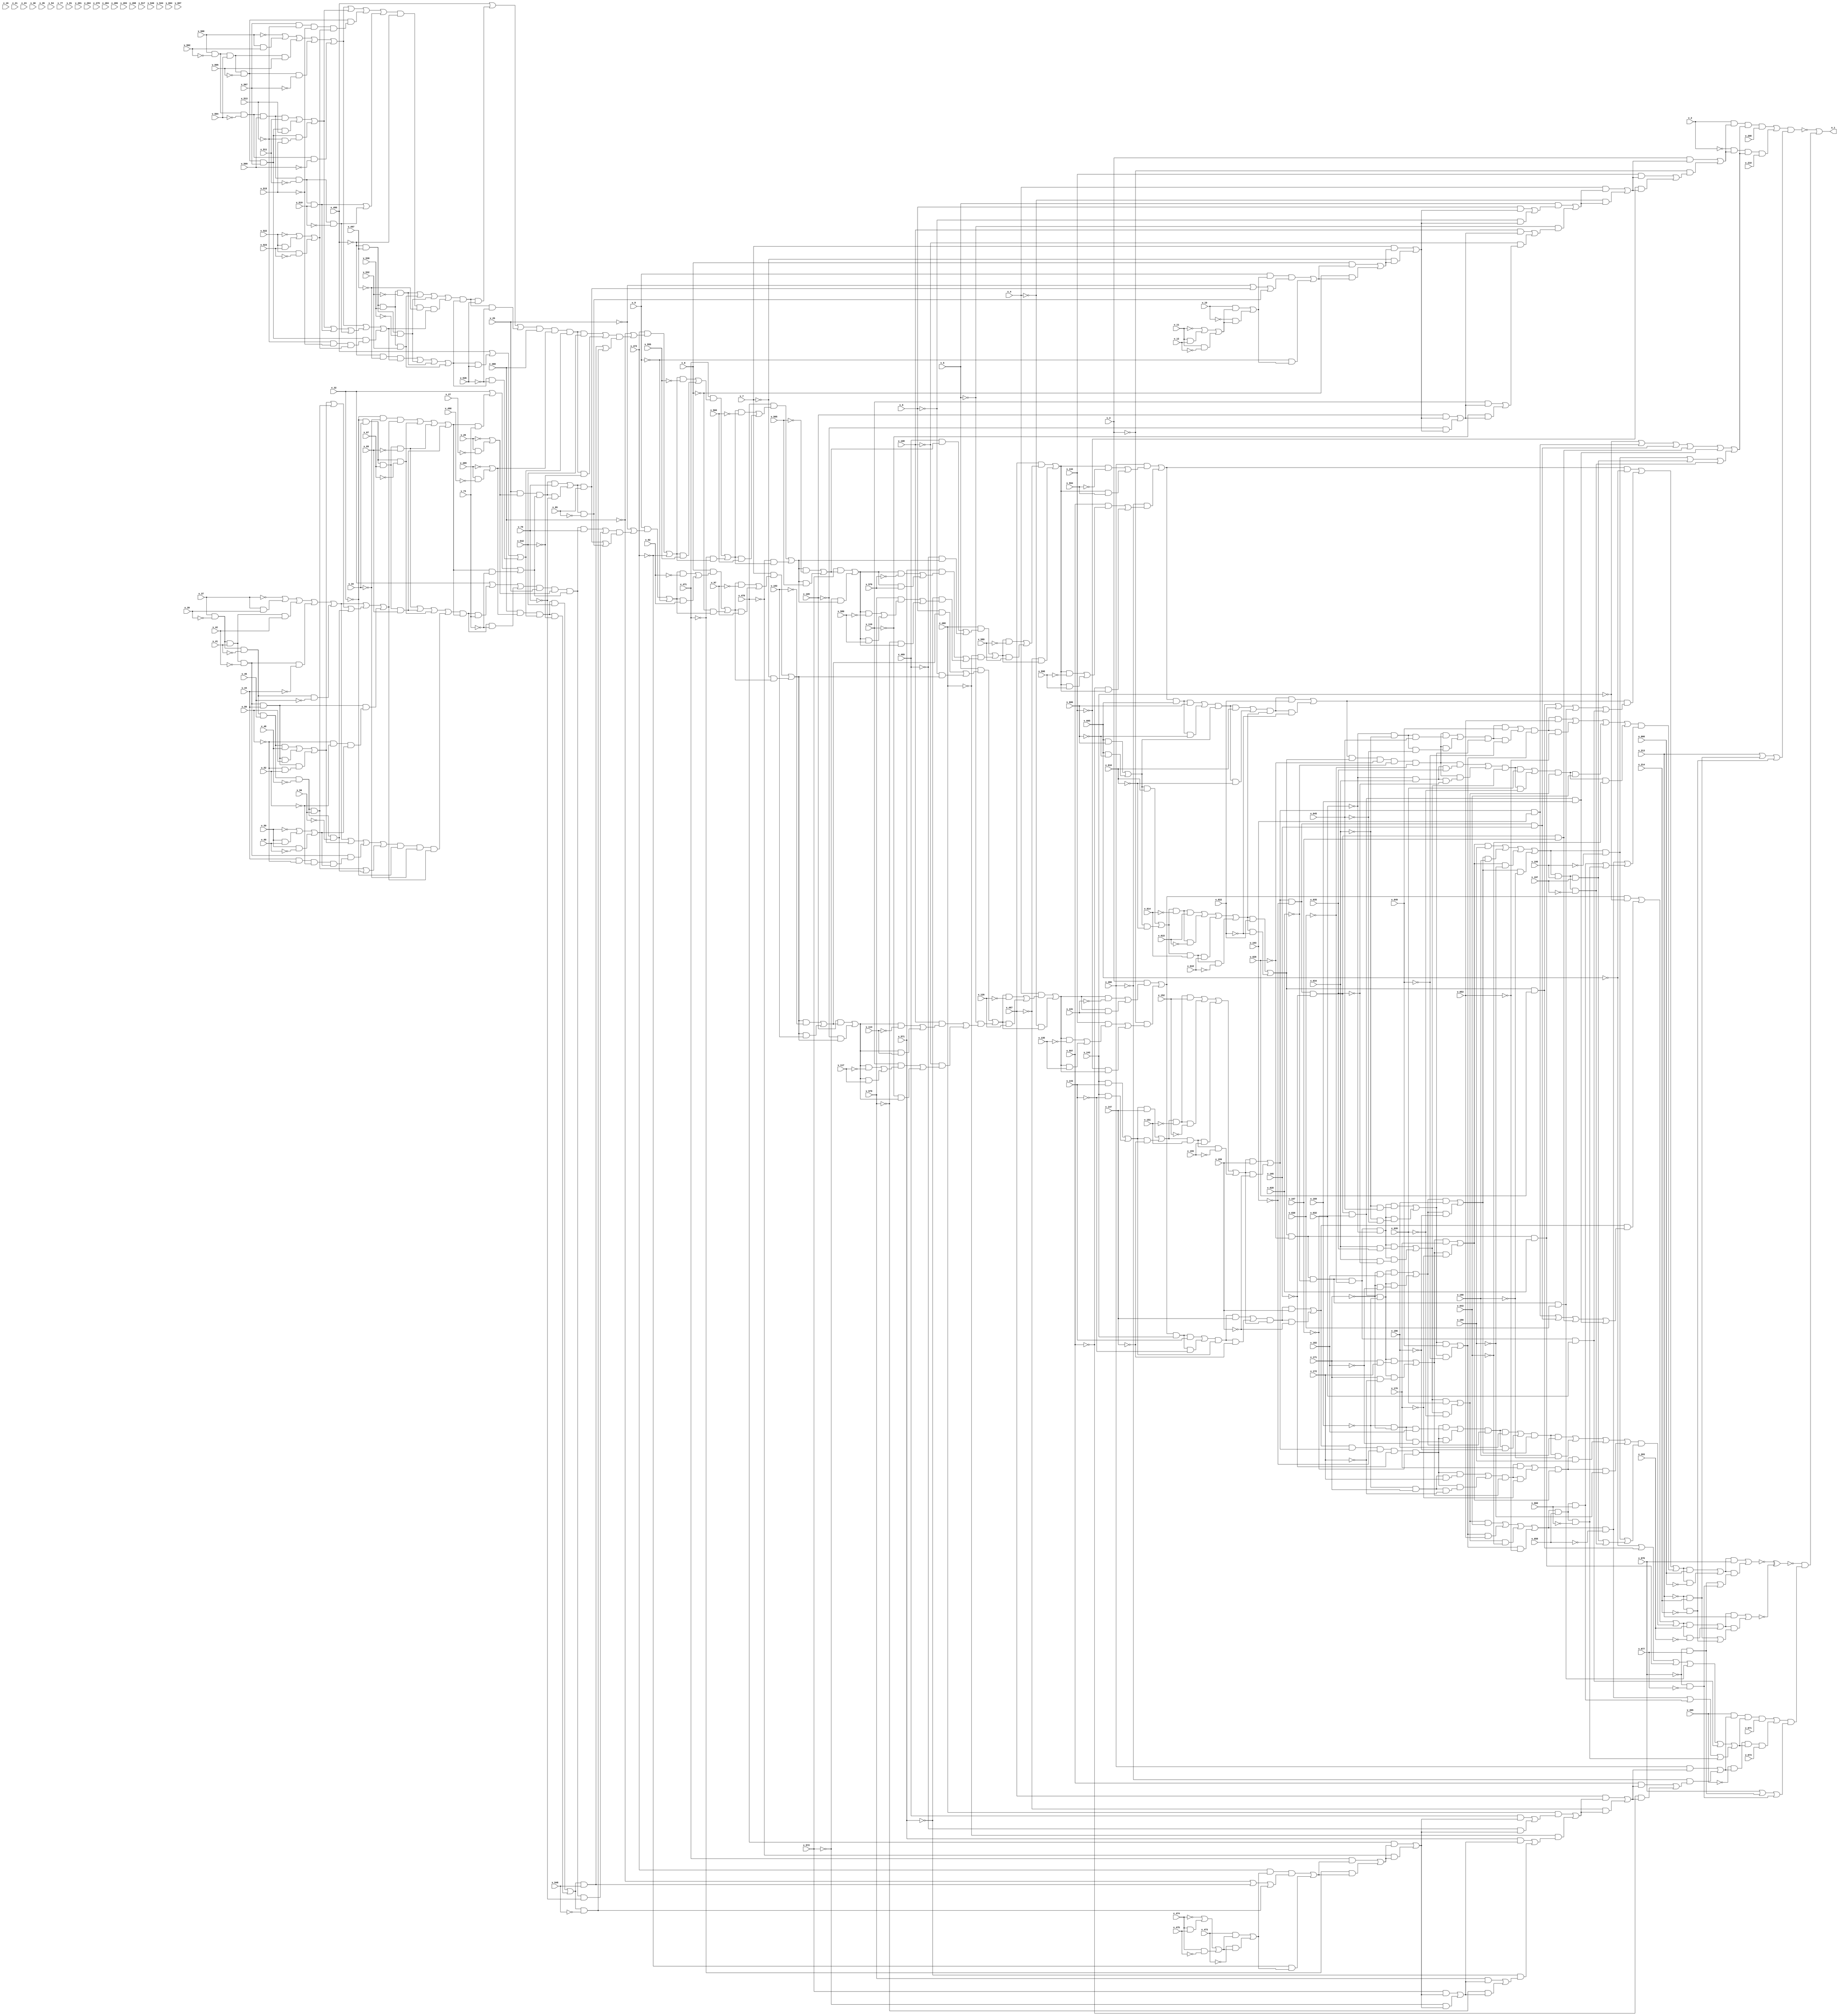
// Generated using findDep.cpp 
module stmt25_597_598 (v_2, v_3, v_4, v_5, v_6, v_7, v_8, v_9, v_10, v_11, v_12, v_16, v_21, v_23, v_25, v_26, v_27, v_30, v_32, v_34, v_35, v_37, v_39, v_41, v_42, v_44, v_46, v_48, v_50, v_52, v_54, v_56, v_59, v_60, v_67, v_69, v_73, v_77, v_79, v_81, v_85, v_92, v_97, v_102, v_108, v_109, v_113, v_116, v_117, v_126, v_131, v_134, v_135, v_142, v_143, v_147, v_151, v_152, v_155, v_159, v_163, v_165, v_167, v_169, v_171, v_172, v_176, v_180, v_182, v_186, v_190, v_195, v_197, v_201, v_203, v_204, v_208, v_210, v_213, v_214, v_465, v_466, v_467, v_468, v_469, v_470, v_471, v_472, v_473, v_474, v_475, v_479, v_484, v_486, v_488, v_489, v_490, v_493, v_495, v_497, v_498, v_500, v_502, v_504, v_505, v_507, v_509, v_511, v_513, v_515, v_517, v_519, v_522, v_523, v_530, v_532, v_536, v_540, v_542, v_544, v_548, v_555, v_560, v_565, v_571, v_572, v_576, v_579, v_580, v_589, v_594, v_597, v_598, v_605, v_606, v_610, v_614, v_615, v_618, v_622, v_626, v_628, v_630, v_632, v_634, v_635, v_639, v_643, v_645, v_649, v_653, v_658, v_660, v_664, v_666, v_667, v_671, v_673, v_676, v_677, o_1);
input v_2;
input v_3;
input v_4;
input v_5;
input v_6;
input v_7;
input v_8;
input v_9;
input v_10;
input v_11;
input v_12;
input v_16;
input v_21;
input v_23;
input v_25;
input v_26;
input v_27;
input v_30;
input v_32;
input v_34;
input v_35;
input v_37;
input v_39;
input v_41;
input v_42;
input v_44;
input v_46;
input v_48;
input v_50;
input v_52;
input v_54;
input v_56;
input v_59;
input v_60;
input v_67;
input v_69;
input v_73;
input v_77;
input v_79;
input v_81;
input v_85;
input v_92;
input v_97;
input v_102;
input v_108;
input v_109;
input v_113;
input v_116;
input v_117;
input v_126;
input v_131;
input v_134;
input v_135;
input v_142;
input v_143;
input v_147;
input v_151;
input v_152;
input v_155;
input v_159;
input v_163;
input v_165;
input v_167;
input v_169;
input v_171;
input v_172;
input v_176;
input v_180;
input v_182;
input v_186;
input v_190;
input v_195;
input v_197;
input v_201;
input v_203;
input v_204;
input v_208;
input v_210;
input v_213;
input v_214;
input v_465;
input v_466;
input v_467;
input v_468;
input v_469;
input v_470;
input v_471;
input v_472;
input v_473;
input v_474;
input v_475;
input v_479;
input v_484;
input v_486;
input v_488;
input v_489;
input v_490;
input v_493;
input v_495;
input v_497;
input v_498;
input v_500;
input v_502;
input v_504;
input v_505;
input v_507;
input v_509;
input v_511;
input v_513;
input v_515;
input v_517;
input v_519;
input v_522;
input v_523;
input v_530;
input v_532;
input v_536;
input v_540;
input v_542;
input v_544;
input v_548;
input v_555;
input v_560;
input v_565;
input v_571;
input v_572;
input v_576;
input v_579;
input v_580;
input v_589;
input v_594;
input v_597;
input v_598;
input v_605;
input v_606;
input v_610;
input v_614;
input v_615;
input v_618;
input v_622;
input v_626;
input v_628;
input v_630;
input v_632;
input v_634;
input v_635;
input v_639;
input v_643;
input v_645;
input v_649;
input v_653;
input v_658;
input v_660;
input v_664;
input v_666;
input v_667;
input v_671;
input v_673;
input v_676;
input v_677;
output o_1;
wire v_1;
wire v_13;
wire v_14;
wire v_15;
wire v_17;
wire v_18;
wire v_19;
wire v_20;
wire v_22;
wire v_24;
wire v_28;
wire v_29;
wire v_31;
wire v_33;
wire v_36;
wire v_38;
wire v_40;
wire v_43;
wire v_45;
wire v_47;
wire v_49;
wire v_51;
wire v_53;
wire v_55;
wire v_57;
wire v_58;
wire v_61;
wire v_62;
wire v_63;
wire v_64;
wire v_65;
wire v_66;
wire v_68;
wire v_70;
wire v_71;
wire v_72;
wire v_74;
wire v_75;
wire v_76;
wire v_78;
wire v_80;
wire v_82;
wire v_83;
wire v_84;
wire v_86;
wire v_87;
wire v_88;
wire v_89;
wire v_90;
wire v_91;
wire v_93;
wire v_94;
wire v_95;
wire v_96;
wire v_98;
wire v_99;
wire v_100;
wire v_101;
wire v_103;
wire v_104;
wire v_105;
wire v_106;
wire v_107;
wire v_110;
wire v_111;
wire v_112;
wire v_114;
wire v_115;
wire v_118;
wire v_119;
wire v_120;
wire v_121;
wire v_122;
wire v_123;
wire v_124;
wire v_125;
wire v_127;
wire v_128;
wire v_129;
wire v_130;
wire v_132;
wire v_133;
wire v_136;
wire v_137;
wire v_138;
wire v_139;
wire v_140;
wire v_141;
wire v_144;
wire v_145;
wire v_146;
wire v_148;
wire v_149;
wire v_150;
wire v_153;
wire v_154;
wire v_156;
wire v_157;
wire v_158;
wire v_160;
wire v_161;
wire v_162;
wire v_164;
wire v_166;
wire v_168;
wire v_170;
wire v_173;
wire v_174;
wire v_175;
wire v_177;
wire v_178;
wire v_179;
wire v_181;
wire v_183;
wire v_184;
wire v_185;
wire v_187;
wire v_188;
wire v_189;
wire v_191;
wire v_192;
wire v_193;
wire v_194;
wire v_196;
wire v_198;
wire v_199;
wire v_200;
wire v_202;
wire v_205;
wire v_206;
wire v_207;
wire v_209;
wire v_211;
wire v_212;
wire v_215;
wire v_216;
wire v_217;
wire v_218;
wire v_219;
wire v_220;
wire v_221;
wire v_222;
wire v_223;
wire v_224;
wire v_225;
wire v_226;
wire v_227;
wire v_228;
wire v_229;
wire v_230;
wire v_231;
wire v_232;
wire v_233;
wire v_234;
wire v_235;
wire v_236;
wire v_237;
wire v_238;
wire v_239;
wire v_240;
wire v_241;
wire v_242;
wire v_243;
wire v_244;
wire v_245;
wire v_246;
wire v_247;
wire v_248;
wire v_249;
wire v_250;
wire v_251;
wire v_252;
wire v_253;
wire v_254;
wire v_255;
wire v_256;
wire v_257;
wire v_258;
wire v_259;
wire v_260;
wire v_261;
wire v_262;
wire v_263;
wire v_264;
wire v_265;
wire v_266;
wire v_267;
wire v_268;
wire v_269;
wire v_270;
wire v_271;
wire v_272;
wire v_273;
wire v_274;
wire v_275;
wire v_276;
wire v_277;
wire v_278;
wire v_279;
wire v_280;
wire v_281;
wire v_282;
wire v_283;
wire v_284;
wire v_285;
wire v_286;
wire v_287;
wire v_288;
wire v_289;
wire v_290;
wire v_291;
wire v_292;
wire v_293;
wire v_294;
wire v_295;
wire v_296;
wire v_297;
wire v_298;
wire v_299;
wire v_300;
wire v_301;
wire v_302;
wire v_303;
wire v_304;
wire v_305;
wire v_306;
wire v_307;
wire v_308;
wire v_309;
wire v_310;
wire v_311;
wire v_312;
wire v_313;
wire v_314;
wire v_315;
wire v_316;
wire v_317;
wire v_318;
wire v_319;
wire v_320;
wire v_321;
wire v_322;
wire v_323;
wire v_324;
wire v_325;
wire v_326;
wire v_327;
wire v_328;
wire v_329;
wire v_330;
wire v_331;
wire v_332;
wire v_333;
wire v_334;
wire v_335;
wire v_336;
wire v_337;
wire v_338;
wire v_339;
wire v_340;
wire v_341;
wire v_342;
wire v_343;
wire v_344;
wire v_345;
wire v_346;
wire v_347;
wire v_348;
wire v_349;
wire v_350;
wire v_351;
wire v_352;
wire v_353;
wire v_354;
wire v_355;
wire v_356;
wire v_357;
wire v_358;
wire v_359;
wire v_360;
wire v_361;
wire v_362;
wire v_363;
wire v_364;
wire v_365;
wire v_366;
wire v_367;
wire v_368;
wire v_369;
wire v_370;
wire v_371;
wire v_372;
wire v_373;
wire v_374;
wire v_375;
wire v_376;
wire v_377;
wire v_378;
wire v_379;
wire v_380;
wire v_381;
wire v_382;
wire v_383;
wire v_384;
wire v_385;
wire v_386;
wire v_387;
wire v_388;
wire v_389;
wire v_390;
wire v_391;
wire v_392;
wire v_393;
wire v_394;
wire v_395;
wire v_396;
wire v_397;
wire v_398;
wire v_399;
wire v_400;
wire v_401;
wire v_402;
wire v_403;
wire v_404;
wire v_405;
wire v_406;
wire v_407;
wire v_408;
wire v_409;
wire v_410;
wire v_411;
wire v_412;
wire v_413;
wire v_414;
wire v_415;
wire v_416;
wire v_417;
wire v_418;
wire v_419;
wire v_420;
wire v_421;
wire v_422;
wire v_423;
wire v_424;
wire v_425;
wire v_426;
wire v_427;
wire v_428;
wire v_429;
wire v_430;
wire v_431;
wire v_432;
wire v_433;
wire v_434;
wire v_435;
wire v_436;
wire v_437;
wire v_438;
wire v_439;
wire v_440;
wire v_441;
wire v_442;
wire v_443;
wire v_444;
wire v_445;
wire v_446;
wire v_447;
wire v_448;
wire v_449;
wire v_450;
wire v_451;
wire v_452;
wire v_453;
wire v_454;
wire v_455;
wire v_456;
wire v_457;
wire v_458;
wire v_459;
wire v_460;
wire v_461;
wire v_462;
wire v_463;
wire v_464;
wire v_476;
wire v_477;
wire v_478;
wire v_480;
wire v_481;
wire v_482;
wire v_483;
wire v_485;
wire v_487;
wire v_491;
wire v_492;
wire v_494;
wire v_496;
wire v_499;
wire v_501;
wire v_503;
wire v_506;
wire v_508;
wire v_510;
wire v_512;
wire v_514;
wire v_516;
wire v_518;
wire v_520;
wire v_521;
wire v_524;
wire v_525;
wire v_526;
wire v_527;
wire v_528;
wire v_529;
wire v_531;
wire v_533;
wire v_534;
wire v_535;
wire v_537;
wire v_538;
wire v_539;
wire v_541;
wire v_543;
wire v_545;
wire v_546;
wire v_547;
wire v_549;
wire v_550;
wire v_551;
wire v_552;
wire v_553;
wire v_554;
wire v_556;
wire v_557;
wire v_558;
wire v_559;
wire v_561;
wire v_562;
wire v_563;
wire v_564;
wire v_566;
wire v_567;
wire v_568;
wire v_569;
wire v_570;
wire v_573;
wire v_574;
wire v_575;
wire v_577;
wire v_578;
wire v_581;
wire v_582;
wire v_583;
wire v_584;
wire v_585;
wire v_586;
wire v_587;
wire v_588;
wire v_590;
wire v_591;
wire v_592;
wire v_593;
wire v_595;
wire v_596;
wire v_599;
wire v_600;
wire v_601;
wire v_602;
wire v_603;
wire v_604;
wire v_607;
wire v_608;
wire v_609;
wire v_611;
wire v_612;
wire v_613;
wire v_616;
wire v_617;
wire v_619;
wire v_620;
wire v_621;
wire v_623;
wire v_624;
wire v_625;
wire v_627;
wire v_629;
wire v_631;
wire v_633;
wire v_636;
wire v_637;
wire v_638;
wire v_640;
wire v_641;
wire v_642;
wire v_644;
wire v_646;
wire v_647;
wire v_648;
wire v_650;
wire v_651;
wire v_652;
wire v_654;
wire v_655;
wire v_656;
wire v_657;
wire v_659;
wire v_661;
wire v_662;
wire v_663;
wire v_665;
wire v_668;
wire v_669;
wire v_670;
wire v_672;
wire v_674;
wire v_675;
wire v_678;
wire v_679;
wire v_680;
wire v_681;
wire v_682;
wire v_683;
wire v_684;
wire v_685;
wire v_686;
wire v_687;
wire v_688;
wire v_689;
wire v_690;
wire v_691;
wire v_692;
wire v_693;
wire v_694;
wire v_695;
wire v_696;
wire v_697;
wire v_698;
wire v_699;
wire v_700;
wire v_701;
wire v_702;
wire v_703;
wire v_704;
wire v_705;
wire v_706;
wire v_707;
wire v_708;
wire v_709;
wire v_710;
wire v_711;
wire v_712;
wire v_713;
wire v_714;
wire v_715;
wire v_716;
wire v_717;
wire v_718;
wire v_719;
wire v_720;
wire v_721;
wire v_722;
wire v_723;
wire v_724;
wire v_725;
wire v_726;
wire v_727;
wire v_728;
wire v_729;
wire v_730;
wire v_731;
wire v_732;
wire v_733;
wire v_734;
wire v_735;
wire v_736;
wire v_737;
wire v_738;
wire v_739;
wire v_740;
wire v_741;
wire v_742;
wire v_743;
wire v_744;
wire v_745;
wire v_746;
wire v_747;
wire v_748;
wire v_749;
wire v_750;
wire v_751;
wire v_752;
wire v_753;
wire v_754;
wire v_755;
wire v_756;
wire v_757;
wire v_758;
wire v_759;
wire v_760;
wire v_761;
wire v_762;
wire v_763;
wire v_764;
wire v_765;
wire v_766;
wire v_767;
wire v_768;
wire v_769;
wire v_770;
wire v_771;
wire v_772;
wire v_773;
wire v_774;
wire v_775;
wire v_776;
wire v_777;
wire v_778;
wire v_779;
wire v_780;
wire v_781;
wire v_782;
wire v_783;
wire v_784;
wire v_785;
wire v_786;
wire v_787;
wire v_788;
wire v_789;
wire v_790;
wire v_791;
wire v_792;
wire v_793;
wire v_794;
wire v_795;
wire v_796;
wire v_797;
wire v_798;
wire v_799;
wire v_800;
wire v_801;
wire v_802;
wire v_803;
wire v_804;
wire v_805;
wire v_806;
wire v_807;
wire v_808;
wire v_809;
wire v_810;
wire v_811;
wire v_812;
wire v_813;
wire v_814;
wire v_815;
wire v_816;
wire v_817;
wire v_818;
wire v_819;
wire v_820;
wire v_821;
wire v_822;
wire v_823;
wire v_824;
wire v_825;
wire v_826;
wire v_827;
wire v_828;
wire v_829;
wire v_830;
wire v_831;
wire v_832;
wire v_833;
wire v_834;
wire v_835;
wire v_836;
wire v_837;
wire v_838;
wire v_839;
wire v_840;
wire v_841;
wire v_842;
wire v_843;
wire v_844;
wire v_845;
wire v_846;
wire v_847;
wire v_848;
wire v_849;
wire v_850;
wire v_851;
wire v_852;
wire v_853;
wire v_854;
wire v_855;
wire v_856;
wire v_857;
wire v_858;
wire v_859;
wire v_860;
wire v_861;
wire v_862;
wire v_863;
wire v_864;
wire v_865;
wire v_866;
wire v_867;
wire v_868;
wire v_869;
wire v_870;
wire v_871;
wire v_872;
wire v_873;
wire v_874;
wire v_875;
wire v_876;
wire v_877;
wire v_878;
wire v_879;
wire v_880;
wire v_881;
wire v_882;
wire v_883;
wire v_884;
wire v_885;
wire v_886;
wire v_887;
wire v_888;
wire v_889;
wire v_890;
wire v_891;
wire v_892;
wire v_893;
wire v_894;
wire v_895;
wire v_896;
wire v_897;
wire v_898;
wire v_899;
wire v_900;
wire v_901;
wire v_902;
wire v_903;
wire v_904;
wire v_905;
wire v_906;
wire v_907;
wire v_908;
wire v_909;
wire v_910;
wire v_911;
wire v_912;
wire v_913;
wire v_914;
wire v_915;
wire v_916;
wire v_917;
wire v_918;
wire v_919;
wire v_920;
wire v_921;
wire v_922;
wire v_923;
wire v_924;
wire v_925;
wire v_926;
wire v_927;
wire v_928;
wire v_929;
wire v_930;
wire v_931;
wire v_932;
wire v_933;
wire v_934;
wire v_935;
wire v_936;
wire v_937;
wire v_938;
wire v_939;
wire v_940;
wire v_941;
wire v_942;
wire v_943;
wire v_944;
wire v_945;
wire v_946;
wire v_947;
wire v_948;
wire v_949;
wire v_950;
wire v_951;
wire v_952;
wire v_953;
wire v_954;
wire v_955;
wire v_956;
wire v_957;
wire v_958;
wire v_959;
wire v_960;
wire v_961;
wire v_962;
wire v_963;
wire v_964;
wire v_965;
wire v_966;
wire v_967;
wire v_968;
wire v_969;
wire v_970;
wire v_971;
wire v_972;
wire v_973;
wire v_974;
wire v_975;
wire v_976;
wire v_977;
wire v_978;
wire v_979;
wire v_980;
wire v_981;
wire v_982;
wire v_983;
wire v_984;
wire v_985;
wire v_986;
wire v_987;
wire v_988;
wire v_989;
wire v_990;
wire v_991;
wire v_992;
wire v_993;
wire v_994;
wire v_995;
wire v_996;
wire v_997;
wire v_998;
wire v_999;
wire v_1000;
wire v_1001;
wire v_1002;
wire v_1003;
wire v_1004;
wire v_1005;
wire v_1006;
wire v_1007;
wire v_1008;
wire v_1009;
wire v_1010;
wire v_1011;
wire v_1012;
wire v_1013;
wire v_1014;
wire v_1015;
wire v_1016;
wire v_1017;
wire v_1018;
wire v_1019;
wire v_1020;
wire v_1021;
wire v_1022;
wire v_1023;
wire v_1024;
wire x_1;
assign v_1 = 1;
assign v_17 = 1;
assign v_22 = 1;
assign v_24 = 1;
assign v_31 = 1;
assign v_36 = 1;
assign v_55 = 1;
assign v_78 = 1;
assign v_82 = 1;
assign v_93 = 1;
assign v_98 = 1;
assign v_103 = 1;
assign v_114 = 1;
assign v_118 = 1;
assign v_127 = 1;
assign v_132 = 1;
assign v_136 = 1;
assign v_202 = 1;
assign v_205 = 1;
assign v_219 = 1;
assign v_344 = 1;
assign v_480 = 1;
assign v_485 = 1;
assign v_487 = 1;
assign v_494 = 1;
assign v_499 = 1;
assign v_518 = 1;
assign v_541 = 1;
assign v_545 = 1;
assign v_556 = 1;
assign v_561 = 1;
assign v_566 = 1;
assign v_577 = 1;
assign v_581 = 1;
assign v_590 = 1;
assign v_595 = 1;
assign v_599 = 1;
assign v_665 = 1;
assign v_668 = 1;
assign v_682 = 1;
assign v_807 = 1;
assign v_13 = v_11 & v_12;
assign v_14 = v_11 & ~v_12;
assign v_18 = v_10 & v_15;
assign v_19 = ~v_10 & v_15;
assign v_28 = v_26 & ~v_27;
assign v_33 = v_32;
assign v_38 = ~v_37;
assign v_40 = v_37 & v_39;
assign v_43 = v_37 & ~v_39 & v_41 & v_42;
assign v_45 = v_37 & ~v_39 & v_41 & ~v_42 & ~v_44;
assign v_47 = v_37 & ~v_39 & ~v_41 & ~v_46;
assign v_49 = v_37 & ~v_39 & ~v_41 & v_46 & v_48;
assign v_51 = v_931 & v_932;
assign v_53 = v_933 & v_934;
assign v_57 = v_935 & v_936;
assign v_58 = v_937 & v_938;
assign v_61 = v_59 & v_60;
assign v_62 = v_59 & ~v_60;
assign v_64 = v_939 & v_940;
assign v_66 = ~v_32 & ~v_34 & v_65;
assign v_68 = ~v_32 & v_34 & ~v_67;
assign v_70 = ~v_32 & v_34 & v_67 & ~v_69;
assign v_71 = ~v_32 & v_34 & v_67 & v_69;
assign v_74 = v_72 & v_73;
assign v_75 = v_72 & ~v_73;
assign v_80 = v_25 & v_29 & v_76 & v_79;
assign v_83 = v_25 & v_29 & v_76 & ~v_79;
assign v_86 = v_84 & v_85;
assign v_87 = v_84 & ~v_85;
assign v_89 = v_9 & v_20 & v_88;
assign v_90 = ~v_9 & v_20;
assign v_94 = v_8 & v_91;
assign v_95 = ~v_8 & v_91;
assign v_99 = v_7 & v_96;
assign v_100 = ~v_7 & v_96;
assign v_104 = v_6 & v_101;
assign v_105 = ~v_6 & v_101;
assign v_107 = v_5 & v_106;
assign v_110 = v_109 & v_101;
assign v_111 = ~v_109 & v_101;
assign v_115 = v_108 & v_112;
assign v_119 = v_116 & v_112;
assign v_120 = ~v_116 & v_112;
assign v_122 = ~v_108 & v_121;
assign v_124 = ~v_5 & v_123;
assign v_128 = v_4 & v_125;
assign v_129 = ~v_4 & v_125;
assign v_133 = v_3 & v_130;
assign v_137 = v_134 & v_130;
assign v_138 = ~v_134 & v_130;
assign v_140 = ~v_3 & v_139;
assign v_144 = v_142 & v_143;
assign v_145 = v_142 & ~v_143;
assign v_148 = v_146 & v_147;
assign v_149 = v_146 & ~v_147;
assign v_153 = v_150 & ~v_151 & v_152;
assign v_154 = v_150 & ~v_151 & ~v_152;
assign v_156 = v_150 & v_151 & v_155;
assign v_157 = v_150 & v_151 & ~v_155;
assign v_160 = v_158 & v_159;
assign v_161 = v_158 & ~v_159;
assign v_164 = v_162 & v_163;
assign v_166 = v_162 & ~v_163 & v_165;
assign v_168 = v_162 & ~v_163 & ~v_165 & v_167;
assign v_170 = v_162 & ~v_163 & ~v_165 & ~v_167 & v_169;
assign v_173 = v_941 & v_942;
assign v_174 = v_943 & v_944;
assign v_177 = v_175 & v_176;
assign v_178 = v_175 & ~v_176;
assign v_181 = v_179 & v_180;
assign v_183 = v_945 & v_946;
assign v_184 = v_947 & v_948;
assign v_187 = v_185 & v_186;
assign v_188 = v_185 & ~v_186;
assign v_191 = v_189 & v_190;
assign v_192 = v_179 & ~v_180;
assign v_193 = v_189 & ~v_190;
assign v_196 = v_194 & ~v_195;
assign v_198 = v_194 & v_195 & v_197;
assign v_199 = v_194 & v_195 & ~v_197;
assign v_206 = v_203;
assign v_209 = v_2 & v_141 & v_200 & v_207 & v_208;
assign v_211 = ~v_2 & v_141 & v_200 & v_207 & v_210;
assign v_215 = ~v_213 & v_214;
assign v_216 = ~v_213 & ~v_214;
assign v_218 = v_212 & v_217;
assign v_220 = v_10;
assign v_222 = v_221 & ~v_25;
assign v_223 = v_221 & v_32;
assign v_224 = v_221 & ~v_32 & v_34 & v_67 & ~v_69;
assign v_225 = v_221 & ~v_32 & v_34 & v_67 & v_69;
assign v_226 = v_221 & ~v_32 & v_34 & ~v_67;
assign v_227 = v_221 & v_35;
assign v_228 = v_221 & ~v_35;
assign v_231 = v_229 & v_230;
assign v_232 = v_949 & v_950;
assign v_234 = v_229 & v_233;
assign v_236 = v_235 & ~v_32 & ~v_34 & v_65;
assign v_238 = v_237 & v_72 & v_73;
assign v_239 = v_237 & v_72 & ~v_73;
assign v_241 = v_240 & v_25 & v_29 & v_76 & v_79;
assign v_242 = v_240 & v_25 & v_29 & v_76 & ~v_79;
assign v_245 = v_243 & v_244;
assign v_247 = v_9 & v_246;
assign v_248 = ~v_9 & v_221;
assign v_250 = v_249 & ~v_92;
assign v_251 = v_249 & v_92;
assign v_253 = v_8 & v_252;
assign v_254 = ~v_8 & v_249;
assign v_256 = v_255 & ~v_97;
assign v_257 = v_255 & v_97;
assign v_259 = v_7 & v_258;
assign v_260 = ~v_7 & v_255;
assign v_262 = v_261 & ~v_102;
assign v_263 = v_261 & v_102;
assign v_265 = v_6 & v_264;
assign v_266 = ~v_6 & v_261;
assign v_268 = v_5 & v_267;
assign v_269 = v_109 & v_264;
assign v_270 = ~v_109 & v_261;
assign v_272 = v_271 & ~v_113;
assign v_273 = v_271 & v_113;
assign v_275 = v_108 & v_274;
assign v_276 = v_271 & ~v_117;
assign v_277 = v_271 & v_117;
assign v_279 = v_116 & v_278;
assign v_280 = ~v_116 & v_271;
assign v_282 = ~v_108 & v_281;
assign v_284 = ~v_5 & v_283;
assign v_286 = v_285 & ~v_126;
assign v_287 = v_285 & v_126;
assign v_289 = v_4 & v_288;
assign v_290 = ~v_4 & v_285;
assign v_292 = v_291 & ~v_131;
assign v_293 = v_291 & v_131;
assign v_295 = v_3 & v_294;
assign v_296 = v_291 & ~v_135;
assign v_297 = v_291 & v_135;
assign v_299 = v_134 & v_298;
assign v_300 = ~v_134 & v_291;
assign v_302 = ~v_3 & v_301;
assign v_304 = v_303 & ~v_142;
assign v_305 = v_303 & v_142 & v_143;
assign v_306 = v_303 & v_142 & ~v_143;
assign v_308 = v_307 & v_146 & v_147;
assign v_309 = v_307 & v_146 & ~v_147;
assign v_311 = v_310 & v_158 & v_159;
assign v_312 = v_310 & v_158 & ~v_159;
assign v_315 = v_313 & v_314;
assign v_316 = v_951 & v_952;
assign v_317 = v_953 & v_954;
assign v_319 = v_318 & v_185 & v_186;
assign v_320 = v_318 & v_185 & ~v_186;
assign v_322 = v_321 & v_189 & v_190;
assign v_323 = v_321 & v_189 & ~v_190;
assign v_324 = v_955 & v_956;
assign v_325 = v_957 & v_958;
assign v_327 = v_326 & v_175 & v_176;
assign v_328 = v_326 & v_175 & ~v_176;
assign v_330 = v_329 & v_179 & v_180;
assign v_331 = v_329 & v_179 & ~v_180;
assign v_335 = v_332 & v_334;
assign v_337 = v_336 & v_203;
assign v_338 = v_336 & ~v_203;
assign v_340 = v_339 & v_213;
assign v_342 = v_339 & v_341;
assign v_345 = v_10;
assign v_347 = v_346 & ~v_25;
assign v_348 = v_346 & v_32;
assign v_349 = v_346 & ~v_32 & v_34 & v_67 & ~v_69;
assign v_350 = v_346 & ~v_32 & v_34 & v_67 & v_69;
assign v_351 = v_346 & ~v_32 & v_34 & ~v_67;
assign v_352 = v_346 & v_35;
assign v_353 = v_346 & ~v_35;
assign v_356 = v_354 & v_355;
assign v_357 = v_959 & v_960;
assign v_358 = v_354 & v_233;
assign v_360 = v_359 & ~v_32 & ~v_34 & v_65;
assign v_362 = v_361 & v_72 & v_73;
assign v_363 = v_361 & v_72 & ~v_73;
assign v_365 = v_364 & v_25 & v_29 & v_76 & v_79;
assign v_366 = v_364 & v_25 & v_29 & v_76 & ~v_79;
assign v_368 = v_367 & v_244;
assign v_370 = v_9 & v_369;
assign v_371 = ~v_9 & v_346;
assign v_373 = v_372 & ~v_92;
assign v_374 = v_372 & v_92;
assign v_376 = v_8 & v_375;
assign v_377 = ~v_8 & v_372;
assign v_379 = v_378 & ~v_97;
assign v_380 = v_378 & v_97;
assign v_382 = v_7 & v_381;
assign v_383 = ~v_7 & v_378;
assign v_385 = v_384 & ~v_102;
assign v_386 = v_384 & v_102;
assign v_388 = v_6 & v_387;
assign v_389 = ~v_6 & v_384;
assign v_391 = v_5 & v_390;
assign v_392 = v_109 & v_387;
assign v_393 = ~v_109 & v_384;
assign v_395 = v_394 & ~v_113;
assign v_396 = v_394 & v_113;
assign v_398 = v_108 & v_397;
assign v_399 = v_394 & ~v_117;
assign v_400 = v_394 & v_117;
assign v_402 = v_116 & v_401;
assign v_403 = ~v_116 & v_394;
assign v_405 = ~v_108 & v_404;
assign v_407 = ~v_5 & v_406;
assign v_409 = v_408 & ~v_126;
assign v_410 = v_408 & v_126;
assign v_412 = v_4 & v_411;
assign v_413 = ~v_4 & v_408;
assign v_415 = v_414 & ~v_131;
assign v_416 = v_414 & v_131;
assign v_418 = v_3 & v_417;
assign v_419 = v_414 & ~v_135;
assign v_420 = v_414 & v_135;
assign v_422 = v_134 & v_421;
assign v_423 = ~v_134 & v_414;
assign v_425 = ~v_3 & v_424;
assign v_427 = v_426 & ~v_142;
assign v_428 = v_426 & v_142 & v_143;
assign v_429 = v_426 & v_142 & ~v_143;
assign v_431 = v_430 & v_146 & v_147;
assign v_432 = v_430 & v_146 & ~v_147;
assign v_434 = v_433 & v_158 & v_159;
assign v_435 = v_433 & v_158 & ~v_159;
assign v_438 = v_436 & v_437;
assign v_439 = v_961 & v_962;
assign v_440 = v_963 & v_964;
assign v_442 = v_441 & v_185 & v_186;
assign v_443 = v_441 & v_185 & ~v_186;
assign v_445 = v_444 & v_189 & v_190;
assign v_446 = v_444 & v_189 & ~v_190;
assign v_447 = v_965 & v_966;
assign v_448 = v_967 & v_968;
assign v_450 = v_449 & v_175 & v_176;
assign v_451 = v_449 & v_175 & ~v_176;
assign v_453 = v_452 & v_179 & v_180;
assign v_454 = v_452 & v_179 & ~v_180;
assign v_457 = v_455 & v_456;
assign v_459 = v_458 & v_203;
assign v_460 = v_458 & ~v_203;
assign v_462 = v_461 & v_213;
assign v_463 = v_461 & v_341;
assign v_476 = v_474 & v_475;
assign v_477 = v_474 & ~v_475;
assign v_481 = v_473 & v_478;
assign v_482 = ~v_473 & v_478;
assign v_491 = v_489 & ~v_490;
assign v_496 = v_495;
assign v_501 = ~v_500;
assign v_503 = v_500 & v_502;
assign v_506 = v_500 & ~v_502 & v_504 & v_505;
assign v_508 = v_500 & ~v_502 & v_504 & ~v_505 & ~v_507;
assign v_510 = v_500 & ~v_502 & ~v_504 & ~v_509;
assign v_512 = v_500 & ~v_502 & ~v_504 & v_509 & v_511;
assign v_514 = v_969 & v_970;
assign v_516 = v_971 & v_972;
assign v_520 = v_973 & v_974;
assign v_521 = v_975 & v_976;
assign v_524 = v_522 & v_523;
assign v_525 = v_522 & ~v_523;
assign v_527 = v_977 & v_978;
assign v_529 = ~v_495 & ~v_497 & v_528;
assign v_531 = ~v_495 & v_497 & ~v_530;
assign v_533 = ~v_495 & v_497 & v_530 & ~v_532;
assign v_534 = ~v_495 & v_497 & v_530 & v_532;
assign v_537 = v_535 & v_536;
assign v_538 = v_535 & ~v_536;
assign v_543 = v_488 & v_492 & v_539 & v_542;
assign v_546 = v_488 & v_492 & v_539 & ~v_542;
assign v_549 = v_547 & v_548;
assign v_550 = v_547 & ~v_548;
assign v_552 = v_472 & v_483 & v_551;
assign v_553 = ~v_472 & v_483;
assign v_557 = v_471 & v_554;
assign v_558 = ~v_471 & v_554;
assign v_562 = v_470 & v_559;
assign v_563 = ~v_470 & v_559;
assign v_567 = v_469 & v_564;
assign v_568 = ~v_469 & v_564;
assign v_570 = v_468 & v_569;
assign v_573 = v_572 & v_564;
assign v_574 = ~v_572 & v_564;
assign v_578 = v_571 & v_575;
assign v_582 = v_579 & v_575;
assign v_583 = ~v_579 & v_575;
assign v_585 = ~v_571 & v_584;
assign v_587 = ~v_468 & v_586;
assign v_591 = v_467 & v_588;
assign v_592 = ~v_467 & v_588;
assign v_596 = v_466 & v_593;
assign v_600 = v_597 & v_593;
assign v_601 = ~v_597 & v_593;
assign v_603 = ~v_466 & v_602;
assign v_607 = v_605 & v_606;
assign v_608 = v_605 & ~v_606;
assign v_611 = v_609 & v_610;
assign v_612 = v_609 & ~v_610;
assign v_616 = v_613 & ~v_614 & v_615;
assign v_617 = v_613 & ~v_614 & ~v_615;
assign v_619 = v_613 & v_614 & v_618;
assign v_620 = v_613 & v_614 & ~v_618;
assign v_623 = v_621 & v_622;
assign v_624 = v_621 & ~v_622;
assign v_627 = v_625 & v_626;
assign v_629 = v_625 & ~v_626 & v_628;
assign v_631 = v_625 & ~v_626 & ~v_628 & v_630;
assign v_633 = v_625 & ~v_626 & ~v_628 & ~v_630 & v_632;
assign v_636 = v_979 & v_980;
assign v_637 = v_981 & v_982;
assign v_640 = v_638 & v_639;
assign v_641 = v_638 & ~v_639;
assign v_644 = v_642 & v_643;
assign v_646 = v_983 & v_984;
assign v_647 = v_985 & v_986;
assign v_650 = v_648 & v_649;
assign v_651 = v_648 & ~v_649;
assign v_654 = v_652 & v_653;
assign v_655 = v_642 & ~v_643;
assign v_656 = v_652 & ~v_653;
assign v_659 = v_657 & ~v_658;
assign v_661 = v_657 & v_658 & v_660;
assign v_662 = v_657 & v_658 & ~v_660;
assign v_669 = v_666;
assign v_672 = v_465 & v_604 & v_663 & v_670 & v_671;
assign v_674 = ~v_465 & v_604 & v_663 & v_670 & v_673;
assign v_678 = ~v_676 & v_677;
assign v_679 = ~v_676 & ~v_677;
assign v_681 = v_675 & v_680;
assign v_683 = v_473;
assign v_685 = v_684 & ~v_488;
assign v_686 = v_684 & v_495;
assign v_687 = v_684 & ~v_495 & v_497 & v_530 & ~v_532;
assign v_688 = v_684 & ~v_495 & v_497 & v_530 & v_532;
assign v_689 = v_684 & ~v_495 & v_497 & ~v_530;
assign v_690 = v_684 & v_498;
assign v_691 = v_684 & ~v_498;
assign v_694 = v_692 & v_693;
assign v_695 = v_987 & v_988;
assign v_697 = v_692 & v_696;
assign v_699 = v_698 & ~v_495 & ~v_497 & v_528;
assign v_701 = v_700 & v_535 & v_536;
assign v_702 = v_700 & v_535 & ~v_536;
assign v_704 = v_703 & v_488 & v_492 & v_539 & v_542;
assign v_705 = v_703 & v_488 & v_492 & v_539 & ~v_542;
assign v_708 = v_706 & v_707;
assign v_710 = v_472 & v_709;
assign v_711 = ~v_472 & v_684;
assign v_713 = v_712 & ~v_555;
assign v_714 = v_712 & v_555;
assign v_716 = v_471 & v_715;
assign v_717 = ~v_471 & v_712;
assign v_719 = v_718 & ~v_560;
assign v_720 = v_718 & v_560;
assign v_722 = v_470 & v_721;
assign v_723 = ~v_470 & v_718;
assign v_725 = v_724 & ~v_565;
assign v_726 = v_724 & v_565;
assign v_728 = v_469 & v_727;
assign v_729 = ~v_469 & v_724;
assign v_731 = v_468 & v_730;
assign v_732 = v_572 & v_727;
assign v_733 = ~v_572 & v_724;
assign v_735 = v_734 & ~v_576;
assign v_736 = v_734 & v_576;
assign v_738 = v_571 & v_737;
assign v_739 = v_734 & ~v_580;
assign v_740 = v_734 & v_580;
assign v_742 = v_579 & v_741;
assign v_743 = ~v_579 & v_734;
assign v_745 = ~v_571 & v_744;
assign v_747 = ~v_468 & v_746;
assign v_749 = v_748 & ~v_589;
assign v_750 = v_748 & v_589;
assign v_752 = v_467 & v_751;
assign v_753 = ~v_467 & v_748;
assign v_755 = v_754 & ~v_594;
assign v_756 = v_754 & v_594;
assign v_758 = v_466 & v_757;
assign v_759 = v_754 & ~v_598;
assign v_760 = v_754 & v_598;
assign v_762 = v_597 & v_761;
assign v_763 = ~v_597 & v_754;
assign v_765 = ~v_466 & v_764;
assign v_767 = v_766 & ~v_605;
assign v_768 = v_766 & v_605 & v_606;
assign v_769 = v_766 & v_605 & ~v_606;
assign v_771 = v_770 & v_609 & v_610;
assign v_772 = v_770 & v_609 & ~v_610;
assign v_774 = v_773 & v_621 & v_622;
assign v_775 = v_773 & v_621 & ~v_622;
assign v_778 = v_776 & v_777;
assign v_779 = v_989 & v_990;
assign v_780 = v_991 & v_992;
assign v_782 = v_781 & v_648 & v_649;
assign v_783 = v_781 & v_648 & ~v_649;
assign v_785 = v_784 & v_652 & v_653;
assign v_786 = v_784 & v_652 & ~v_653;
assign v_787 = v_993 & v_994;
assign v_788 = v_995 & v_996;
assign v_790 = v_789 & v_638 & v_639;
assign v_791 = v_789 & v_638 & ~v_639;
assign v_793 = v_792 & v_642 & v_643;
assign v_794 = v_792 & v_642 & ~v_643;
assign v_798 = v_795 & v_797;
assign v_800 = v_799 & v_666;
assign v_801 = v_799 & ~v_666;
assign v_803 = v_802 & v_676;
assign v_805 = v_802 & v_804;
assign v_808 = v_473;
assign v_810 = v_809 & ~v_488;
assign v_811 = v_809 & v_495;
assign v_812 = v_809 & ~v_495 & v_497 & v_530 & ~v_532;
assign v_813 = v_809 & ~v_495 & v_497 & v_530 & v_532;
assign v_814 = v_809 & ~v_495 & v_497 & ~v_530;
assign v_815 = v_809 & v_498;
assign v_816 = v_809 & ~v_498;
assign v_819 = v_817 & v_818;
assign v_820 = v_997 & v_998;
assign v_821 = v_817 & v_696;
assign v_823 = v_822 & ~v_495 & ~v_497 & v_528;
assign v_825 = v_824 & v_535 & v_536;
assign v_826 = v_824 & v_535 & ~v_536;
assign v_828 = v_827 & v_488 & v_492 & v_539 & v_542;
assign v_829 = v_827 & v_488 & v_492 & v_539 & ~v_542;
assign v_831 = v_830 & v_707;
assign v_833 = v_472 & v_832;
assign v_834 = ~v_472 & v_809;
assign v_836 = v_835 & ~v_555;
assign v_837 = v_835 & v_555;
assign v_839 = v_471 & v_838;
assign v_840 = ~v_471 & v_835;
assign v_842 = v_841 & ~v_560;
assign v_843 = v_841 & v_560;
assign v_845 = v_470 & v_844;
assign v_846 = ~v_470 & v_841;
assign v_848 = v_847 & ~v_565;
assign v_849 = v_847 & v_565;
assign v_851 = v_469 & v_850;
assign v_852 = ~v_469 & v_847;
assign v_854 = v_468 & v_853;
assign v_855 = v_572 & v_850;
assign v_856 = ~v_572 & v_847;
assign v_858 = v_857 & ~v_576;
assign v_859 = v_857 & v_576;
assign v_861 = v_571 & v_860;
assign v_862 = v_857 & ~v_580;
assign v_863 = v_857 & v_580;
assign v_865 = v_579 & v_864;
assign v_866 = ~v_579 & v_857;
assign v_868 = ~v_571 & v_867;
assign v_870 = ~v_468 & v_869;
assign v_872 = v_871 & ~v_589;
assign v_873 = v_871 & v_589;
assign v_875 = v_467 & v_874;
assign v_876 = ~v_467 & v_871;
assign v_878 = v_877 & ~v_594;
assign v_879 = v_877 & v_594;
assign v_881 = v_466 & v_880;
assign v_882 = v_877 & ~v_598;
assign v_883 = v_877 & v_598;
assign v_885 = v_597 & v_884;
assign v_886 = ~v_597 & v_877;
assign v_888 = ~v_466 & v_887;
assign v_890 = v_889 & ~v_605;
assign v_891 = v_889 & v_605 & v_606;
assign v_892 = v_889 & v_605 & ~v_606;
assign v_894 = v_893 & v_609 & v_610;
assign v_895 = v_893 & v_609 & ~v_610;
assign v_897 = v_896 & v_621 & v_622;
assign v_898 = v_896 & v_621 & ~v_622;
assign v_901 = v_899 & v_900;
assign v_902 = v_999 & v_1000;
assign v_903 = v_1001 & v_1002;
assign v_905 = v_904 & v_648 & v_649;
assign v_906 = v_904 & v_648 & ~v_649;
assign v_908 = v_907 & v_652 & v_653;
assign v_909 = v_907 & v_652 & ~v_653;
assign v_910 = v_1003 & v_1004;
assign v_911 = v_1005 & v_1006;
assign v_913 = v_912 & v_638 & v_639;
assign v_914 = v_912 & v_638 & ~v_639;
assign v_916 = v_915 & v_642 & v_643;
assign v_917 = v_915 & v_642 & ~v_643;
assign v_920 = v_918 & v_919;
assign v_922 = v_921 & v_666;
assign v_923 = v_921 & ~v_666;
assign v_925 = v_924 & v_676;
assign v_926 = v_924 & v_804;
assign v_930 = ~v_928 & ~v_929 & v_681;
assign v_931 = v_37 & ~v_39 & v_41 & ~v_42 & v_44;
assign v_932 = v_50;
assign v_933 = v_37 & ~v_39 & v_41 & ~v_42 & v_44;
assign v_934 = ~v_50 & v_52;
assign v_935 = v_37 & ~v_39 & ~v_41 & v_46 & ~v_48;
assign v_936 = v_56;
assign v_937 = v_37 & ~v_39 & ~v_41 & v_46 & ~v_48;
assign v_938 = ~v_56;
assign v_939 = v_37 & ~v_39 & v_41 & ~v_42 & v_44;
assign v_940 = ~v_50 & ~v_52 & v_63;
assign v_941 = v_162 & ~v_163 & ~v_165 & ~v_167 & ~v_169;
assign v_942 = v_171 & v_172;
assign v_943 = v_162 & ~v_163 & ~v_165 & ~v_167 & ~v_169;
assign v_944 = v_171 & ~v_172;
assign v_945 = v_162 & ~v_163 & ~v_165 & ~v_167 & ~v_169;
assign v_946 = ~v_171 & v_182;
assign v_947 = v_162 & ~v_163 & ~v_165 & ~v_167 & ~v_169;
assign v_948 = ~v_171 & ~v_182;
assign v_949 = v_229 & v_37 & ~v_39 & v_41 & ~v_42;
assign v_950 = v_44 & ~v_50 & ~v_52 & v_63;
assign v_951 = v_313 & v_162 & ~v_163 & ~v_165 & ~v_167;
assign v_952 = ~v_169 & ~v_171 & v_182;
assign v_953 = v_313 & v_162 & ~v_163 & ~v_165 & ~v_167;
assign v_954 = ~v_169 & ~v_171 & ~v_182;
assign v_955 = v_313 & v_162 & ~v_163 & ~v_165 & ~v_167;
assign v_956 = ~v_169 & v_171 & v_172;
assign v_957 = v_313 & v_162 & ~v_163 & ~v_165 & ~v_167;
assign v_958 = ~v_169 & v_171 & ~v_172;
assign v_959 = v_354 & v_37 & ~v_39 & v_41 & ~v_42;
assign v_960 = v_44 & ~v_50 & ~v_52 & v_63;
assign v_961 = v_436 & v_162 & ~v_163 & ~v_165 & ~v_167;
assign v_962 = ~v_169 & ~v_171 & v_182;
assign v_963 = v_436 & v_162 & ~v_163 & ~v_165 & ~v_167;
assign v_964 = ~v_169 & ~v_171 & ~v_182;
assign v_965 = v_436 & v_162 & ~v_163 & ~v_165 & ~v_167;
assign v_966 = ~v_169 & v_171 & v_172;
assign v_967 = v_436 & v_162 & ~v_163 & ~v_165 & ~v_167;
assign v_968 = ~v_169 & v_171 & ~v_172;
assign v_969 = v_500 & ~v_502 & v_504 & ~v_505 & v_507;
assign v_970 = v_513;
assign v_971 = v_500 & ~v_502 & v_504 & ~v_505 & v_507;
assign v_972 = ~v_513 & v_515;
assign v_973 = v_500 & ~v_502 & ~v_504 & v_509 & ~v_511;
assign v_974 = v_519;
assign v_975 = v_500 & ~v_502 & ~v_504 & v_509 & ~v_511;
assign v_976 = ~v_519;
assign v_977 = v_500 & ~v_502 & v_504 & ~v_505 & v_507;
assign v_978 = ~v_513 & ~v_515 & v_526;
assign v_979 = v_625 & ~v_626 & ~v_628 & ~v_630 & ~v_632;
assign v_980 = v_634 & v_635;
assign v_981 = v_625 & ~v_626 & ~v_628 & ~v_630 & ~v_632;
assign v_982 = v_634 & ~v_635;
assign v_983 = v_625 & ~v_626 & ~v_628 & ~v_630 & ~v_632;
assign v_984 = ~v_634 & v_645;
assign v_985 = v_625 & ~v_626 & ~v_628 & ~v_630 & ~v_632;
assign v_986 = ~v_634 & ~v_645;
assign v_987 = v_692 & v_500 & ~v_502 & v_504 & ~v_505;
assign v_988 = v_507 & ~v_513 & ~v_515 & v_526;
assign v_989 = v_776 & v_625 & ~v_626 & ~v_628 & ~v_630;
assign v_990 = ~v_632 & ~v_634 & v_645;
assign v_991 = v_776 & v_625 & ~v_626 & ~v_628 & ~v_630;
assign v_992 = ~v_632 & ~v_634 & ~v_645;
assign v_993 = v_776 & v_625 & ~v_626 & ~v_628 & ~v_630;
assign v_994 = ~v_632 & v_634 & v_635;
assign v_995 = v_776 & v_625 & ~v_626 & ~v_628 & ~v_630;
assign v_996 = ~v_632 & v_634 & ~v_635;
assign v_997 = v_817 & v_500 & ~v_502 & v_504 & ~v_505;
assign v_998 = v_507 & ~v_513 & ~v_515 & v_526;
assign v_999 = v_899 & v_625 & ~v_626 & ~v_628 & ~v_630;
assign v_1000 = ~v_632 & ~v_634 & v_645;
assign v_1001 = v_899 & v_625 & ~v_626 & ~v_628 & ~v_630;
assign v_1002 = ~v_632 & ~v_634 & ~v_645;
assign v_1003 = v_899 & v_625 & ~v_626 & ~v_628 & ~v_630;
assign v_1004 = ~v_632 & v_634 & v_635;
assign v_1005 = v_899 & v_625 & ~v_626 & ~v_628 & ~v_630;
assign v_1006 = ~v_632 & v_634 & ~v_635;
assign v_15 = ~v_11 | v_13 | v_14;
assign v_20 = v_18 | v_19;
assign v_29 = ~v_26 | v_28;
assign v_63 = ~v_59 | v_61 | v_62;
assign v_65 = v_1007 | v_1008 | v_1009;
assign v_72 = v_66 | v_68 | v_70 | v_71;
assign v_76 = v_33 | v_74 | v_75;
assign v_84 = v_80 | v_83;
assign v_88 = ~v_25 | v_86 | v_87;
assign v_91 = v_89 | v_90;
assign v_96 = v_94 | v_95;
assign v_101 = v_99 | v_100;
assign v_106 = v_104 | v_105;
assign v_112 = v_110 | v_111;
assign v_121 = v_119 | v_120;
assign v_123 = v_115 | v_122;
assign v_125 = v_107 | v_124;
assign v_130 = v_128 | v_129;
assign v_139 = v_137 | v_138;
assign v_141 = v_133 | v_140;
assign v_146 = v_144 | v_145;
assign v_150 = v_148 | v_149;
assign v_158 = v_153 | v_154 | v_156 | v_157;
assign v_162 = v_160 | v_161;
assign v_175 = v_173 | v_174;
assign v_179 = v_177 | v_178;
assign v_185 = v_183 | v_184;
assign v_189 = v_187 | v_188;
assign v_194 = v_181 | v_191 | v_192 | v_193;
assign v_200 = v_1010 | v_1011;
assign v_207 = ~v_203 | v_206;
assign v_212 = v_209 | v_211;
assign v_217 = v_213 | v_215 | v_216;
assign v_221 = v_220 | ~v_10;
assign v_229 = v_227 | v_228;
assign v_230 = v_1012 | v_1013;
assign v_233 = v_57 | v_58;
assign v_235 = v_231 | v_232 | v_234;
assign v_237 = v_224 | v_225 | v_226 | v_236;
assign v_240 = v_223 | v_238 | v_239;
assign v_243 = v_241 | v_242;
assign v_244 = v_86 | v_87;
assign v_246 = v_222 | v_245;
assign v_249 = v_247 | v_248;
assign v_252 = v_250 | v_251;
assign v_255 = v_253 | v_254;
assign v_258 = v_256 | v_257;
assign v_261 = v_259 | v_260;
assign v_264 = v_262 | v_263;
assign v_267 = v_265 | v_266;
assign v_271 = v_269 | v_270;
assign v_274 = v_272 | v_273;
assign v_278 = v_276 | v_277;
assign v_281 = v_279 | v_280;
assign v_283 = v_275 | v_282;
assign v_285 = v_268 | v_284;
assign v_288 = v_286 | v_287;
assign v_291 = v_289 | v_290;
assign v_294 = v_292 | v_293;
assign v_298 = v_296 | v_297;
assign v_301 = v_299 | v_300;
assign v_303 = v_295 | v_302;
assign v_307 = v_305 | v_306;
assign v_310 = v_308 | v_309;
assign v_313 = v_311 | v_312;
assign v_314 = v_164 | v_166 | v_168 | v_170;
assign v_318 = v_316 | v_317;
assign v_321 = v_319 | v_320;
assign v_326 = v_324 | v_325;
assign v_329 = v_327 | v_328;
assign v_332 = v_322 | v_323 | v_330 | v_331;
assign v_333 = v_198 | v_199;
assign v_334 = v_196 | v_333;
assign v_336 = v_304 | v_315 | v_335;
assign v_339 = v_337 | v_338;
assign v_341 = v_215 | v_216;
assign v_343 = v_340 | v_342;
assign v_346 = v_345 | ~v_10;
assign v_354 = v_352 | v_353;
assign v_355 = v_1014 | v_1015;
assign v_359 = v_356 | v_357 | v_358;
assign v_361 = v_349 | v_350 | v_351 | v_360;
assign v_364 = v_348 | v_362 | v_363;
assign v_367 = v_365 | v_366;
assign v_369 = v_347 | v_368;
assign v_372 = v_370 | v_371;
assign v_375 = v_373 | v_374;
assign v_378 = v_376 | v_377;
assign v_381 = v_379 | v_380;
assign v_384 = v_382 | v_383;
assign v_387 = v_385 | v_386;
assign v_390 = v_388 | v_389;
assign v_394 = v_392 | v_393;
assign v_397 = v_395 | v_396;
assign v_401 = v_399 | v_400;
assign v_404 = v_402 | v_403;
assign v_406 = v_398 | v_405;
assign v_408 = v_391 | v_407;
assign v_411 = v_409 | v_410;
assign v_414 = v_412 | v_413;
assign v_417 = v_415 | v_416;
assign v_421 = v_419 | v_420;
assign v_424 = v_422 | v_423;
assign v_426 = v_418 | v_425;
assign v_430 = v_428 | v_429;
assign v_433 = v_431 | v_432;
assign v_436 = v_434 | v_435;
assign v_437 = v_164 | v_166 | v_168 | v_170;
assign v_441 = v_439 | v_440;
assign v_444 = v_442 | v_443;
assign v_449 = v_447 | v_448;
assign v_452 = v_450 | v_451;
assign v_455 = v_445 | v_446 | v_453 | v_454;
assign v_456 = v_196 | v_333;
assign v_458 = v_427 | v_438 | v_457;
assign v_461 = v_459 | v_460;
assign v_464 = v_462 | v_463;
assign v_478 = ~v_474 | v_476 | v_477;
assign v_483 = v_481 | v_482;
assign v_492 = ~v_489 | v_491;
assign v_526 = ~v_522 | v_524 | v_525;
assign v_528 = v_1016 | v_1017 | v_1018;
assign v_535 = v_529 | v_531 | v_533 | v_534;
assign v_539 = v_496 | v_537 | v_538;
assign v_547 = v_543 | v_546;
assign v_551 = ~v_488 | v_549 | v_550;
assign v_554 = v_552 | v_553;
assign v_559 = v_557 | v_558;
assign v_564 = v_562 | v_563;
assign v_569 = v_567 | v_568;
assign v_575 = v_573 | v_574;
assign v_584 = v_582 | v_583;
assign v_586 = v_578 | v_585;
assign v_588 = v_570 | v_587;
assign v_593 = v_591 | v_592;
assign v_602 = v_600 | v_601;
assign v_604 = v_596 | v_603;
assign v_609 = v_607 | v_608;
assign v_613 = v_611 | v_612;
assign v_621 = v_616 | v_617 | v_619 | v_620;
assign v_625 = v_623 | v_624;
assign v_638 = v_636 | v_637;
assign v_642 = v_640 | v_641;
assign v_648 = v_646 | v_647;
assign v_652 = v_650 | v_651;
assign v_657 = v_644 | v_654 | v_655 | v_656;
assign v_663 = v_1019 | v_1020;
assign v_670 = ~v_666 | v_669;
assign v_675 = v_672 | v_674;
assign v_680 = v_676 | v_678 | v_679;
assign v_684 = v_683 | ~v_473;
assign v_692 = v_690 | v_691;
assign v_693 = v_1021 | v_1022;
assign v_696 = v_520 | v_521;
assign v_698 = v_694 | v_695 | v_697;
assign v_700 = v_687 | v_688 | v_689 | v_699;
assign v_703 = v_686 | v_701 | v_702;
assign v_706 = v_704 | v_705;
assign v_707 = v_549 | v_550;
assign v_709 = v_685 | v_708;
assign v_712 = v_710 | v_711;
assign v_715 = v_713 | v_714;
assign v_718 = v_716 | v_717;
assign v_721 = v_719 | v_720;
assign v_724 = v_722 | v_723;
assign v_727 = v_725 | v_726;
assign v_730 = v_728 | v_729;
assign v_734 = v_732 | v_733;
assign v_737 = v_735 | v_736;
assign v_741 = v_739 | v_740;
assign v_744 = v_742 | v_743;
assign v_746 = v_738 | v_745;
assign v_748 = v_731 | v_747;
assign v_751 = v_749 | v_750;
assign v_754 = v_752 | v_753;
assign v_757 = v_755 | v_756;
assign v_761 = v_759 | v_760;
assign v_764 = v_762 | v_763;
assign v_766 = v_758 | v_765;
assign v_770 = v_768 | v_769;
assign v_773 = v_771 | v_772;
assign v_776 = v_774 | v_775;
assign v_777 = v_627 | v_629 | v_631 | v_633;
assign v_781 = v_779 | v_780;
assign v_784 = v_782 | v_783;
assign v_789 = v_787 | v_788;
assign v_792 = v_790 | v_791;
assign v_795 = v_785 | v_786 | v_793 | v_794;
assign v_796 = v_661 | v_662;
assign v_797 = v_659 | v_796;
assign v_799 = v_767 | v_778 | v_798;
assign v_802 = v_800 | v_801;
assign v_804 = v_678 | v_679;
assign v_806 = v_803 | v_805;
assign v_809 = v_808 | ~v_473;
assign v_817 = v_815 | v_816;
assign v_818 = v_1023 | v_1024;
assign v_822 = v_819 | v_820 | v_821;
assign v_824 = v_812 | v_813 | v_814 | v_823;
assign v_827 = v_811 | v_825 | v_826;
assign v_830 = v_828 | v_829;
assign v_832 = v_810 | v_831;
assign v_835 = v_833 | v_834;
assign v_838 = v_836 | v_837;
assign v_841 = v_839 | v_840;
assign v_844 = v_842 | v_843;
assign v_847 = v_845 | v_846;
assign v_850 = v_848 | v_849;
assign v_853 = v_851 | v_852;
assign v_857 = v_855 | v_856;
assign v_860 = v_858 | v_859;
assign v_864 = v_862 | v_863;
assign v_867 = v_865 | v_866;
assign v_869 = v_861 | v_868;
assign v_871 = v_854 | v_870;
assign v_874 = v_872 | v_873;
assign v_877 = v_875 | v_876;
assign v_880 = v_878 | v_879;
assign v_884 = v_882 | v_883;
assign v_887 = v_885 | v_886;
assign v_889 = v_881 | v_888;
assign v_893 = v_891 | v_892;
assign v_896 = v_894 | v_895;
assign v_899 = v_897 | v_898;
assign v_900 = v_627 | v_629 | v_631 | v_633;
assign v_904 = v_902 | v_903;
assign v_907 = v_905 | v_906;
assign v_912 = v_910 | v_911;
assign v_915 = v_913 | v_914;
assign v_918 = v_908 | v_909 | v_916 | v_917;
assign v_919 = v_659 | v_796;
assign v_921 = v_890 | v_901 | v_920;
assign v_924 = v_922 | v_923;
assign v_927 = v_925 | v_926;
assign v_1007 = v_38 | v_40 | v_43 | v_45 | v_47;
assign v_1008 = v_49 | v_51 | v_53 | v_57 | v_58;
assign v_1009 = v_64;
assign v_1010 = ~v_142 | v_164 | v_166 | v_168 | v_170;
assign v_1011 = v_196 | v_198 | v_199;
assign v_1012 = v_38 | v_40 | v_43 | v_45 | v_47;
assign v_1013 = v_49 | v_51 | v_53;
assign v_1014 = v_38 | v_40 | v_43 | v_45 | v_47;
assign v_1015 = v_49 | v_51 | v_53;
assign v_1016 = v_501 | v_503 | v_506 | v_508 | v_510;
assign v_1017 = v_512 | v_514 | v_516 | v_520 | v_521;
assign v_1018 = v_527;
assign v_1019 = ~v_605 | v_627 | v_629 | v_631 | v_633;
assign v_1020 = v_659 | v_661 | v_662;
assign v_1021 = v_501 | v_503 | v_506 | v_508 | v_510;
assign v_1022 = v_512 | v_514 | v_516;
assign v_1023 = v_501 | v_503 | v_506 | v_508 | v_510;
assign v_1024 = v_512 | v_514 | v_516;
assign v_928 = ~v_806 ^ ~v_343;
assign v_929 = ~v_927 ^ ~v_464;
assign x_1 = ~v_218 | v_930;
assign o_1 = x_1;
endmodule